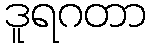
ဒူရဂတာ